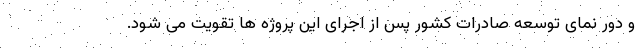
و دور نمای توسعه صادرات کشور پس از اجرای این پروژه ها تقویت می شود.